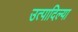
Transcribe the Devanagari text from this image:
उत्पादिल्या